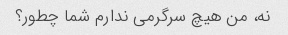
نه، من هیچ سرگرمی ندارم شما چطور؟